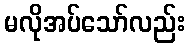
မလိုအပ်သော်လည်း